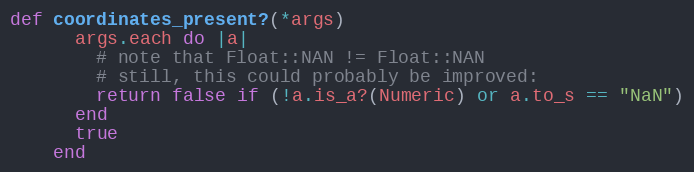
Language: Ruby
def coordinates_present?(*args)
      args.each do |a|
        # note that Float::NAN != Float::NAN
        # still, this could probably be improved:
        return false if (!a.is_a?(Numeric) or a.to_s == "NaN")
      end
      true
    end